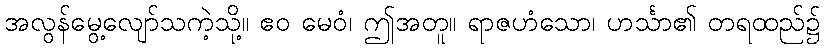
အလွန်မွေ့လျော်သကဲ့သို့။ ဧဝ မေဝံ၊ ဤအတူ။ ရာဇဟံသော၊ ဟင်္သာ၏ တရထည်၌